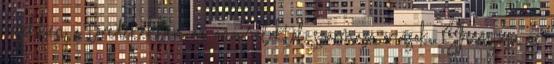
Ezekben a töredékekben az angyaloktól származó óriások, Shemjáza és